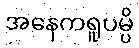
အနေကရူပမ္ပိ